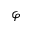
\varphi